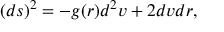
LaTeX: ( d s ) ^ { 2 } = - g ( r ) d ^ { 2 } v + 2 d v d r ,